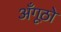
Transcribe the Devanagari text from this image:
अँगूठो